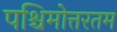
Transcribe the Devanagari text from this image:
पश्चिमोत्तरतम